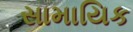
સામાયિક